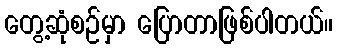
တွေ့ဆုံစဉ်မှာ ပြောတာဖြစ်ပါတယ်။